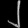
Digit: ၂